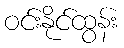
ဝင်းနိုင်ထွန်း